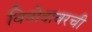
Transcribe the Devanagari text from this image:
विनोदावरची